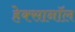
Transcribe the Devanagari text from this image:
हेक्सानॉल